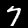
Label: 7